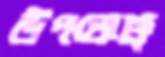
উপভোক্তৃ